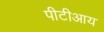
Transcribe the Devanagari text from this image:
पीटीआय